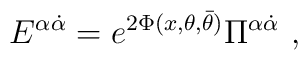
{E}^{\alpha\dot{\alpha}}=    e^{2\Phi (x,\theta, \bar{\theta})}    \Pi^{\alpha\dot{\alpha}}~,